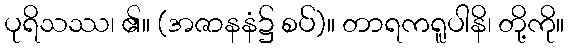
ပုရိသဿ၊ ၏။ (အဇာနနံ၌ စပ်)။ တာရကရူပါနိ၊ တို့ကို။